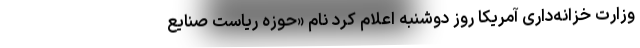
وزارت خزانه‌داری آمریکا روز دوشنبه اعلام کرد نام «حوزه ریاست صنایع